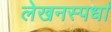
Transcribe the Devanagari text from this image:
लेखनस्पर्धा